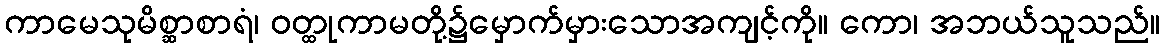
ကာမေသုမိစ္ဆာစာရံ၊ ဝတ္ထုကာမတို့၌မှောက်မှားသောအကျင့်ကို။ ကော၊ အဘယ်သူသည်။